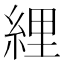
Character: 䋥